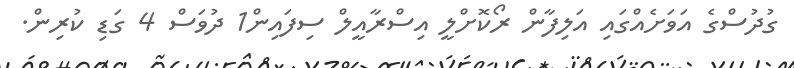
ގުދުސްގެ އަވަށެއްގައި އަލިފާން ރޯކޮށްލީ އިސްރާއީލް ސިފައިން1 ދުވަސް 4 ގަޑި ކުރިން.